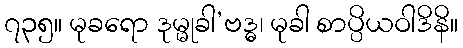
၇၃၅။ မုခရော ဒုမ္မုခါ’ဗဒ္ဓ၊ မုခါ စာပ္ပိယဝါဒိနိ။